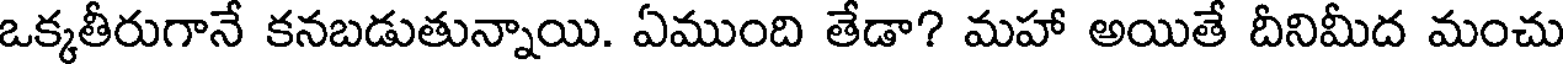
ఒక్కతీరుగానే కనబడుతున్నాయి. ఏముంది తేడా? మహా అయితే దీనిమీద మంచు